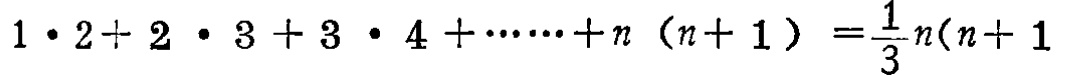
$1\cdot 2 + 2\cdot 3 + 3\cdot 4 + \cdots + n(n + 1)=\frac{1}{3}n(n + 1)$